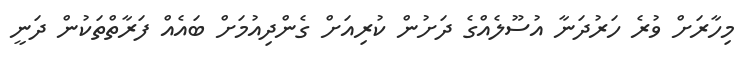
މިހާރަށް ވުރެ ހަރުދަނާ އުސޫލެއްގެ ދަށުން ކުރިއަށް ގެންދިއުމަށް ބައެއް ފަރާތްތަކުން ދަނީ